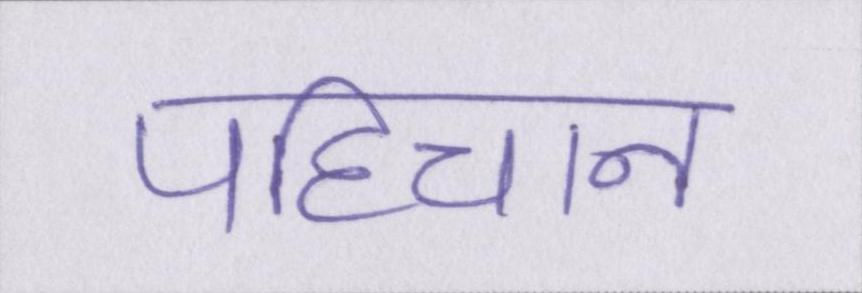
पहिचान